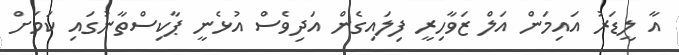
އާ ލީޑަރު އައިމަން އަލް ޒަވާހިރީ ފިލައިގެން އަދިވެސް އުޅެނީ ޕާކިސްތާނުގައި ކަމަށް